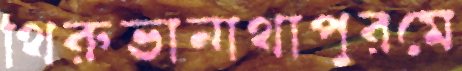
থিরুভানাথাপুরমে